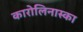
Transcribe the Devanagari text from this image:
कारोलिनास्का